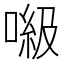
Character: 𠺻